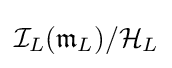
{\mathcal {I}}_{L}({\mathfrak {m}}_{L})/{\mathcal {H}}_{L}